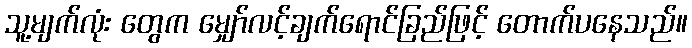
သူ့မျက်လုံး တွေက မျှော်လင့်ချက်ရောင်ခြည်ဖြင့် တောက်ပနေသည်။